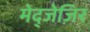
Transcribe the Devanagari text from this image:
मेद्जेज़िर